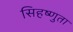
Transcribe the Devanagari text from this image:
सिहष्णुता